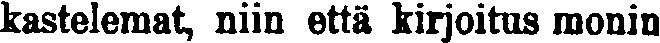
kastelemat, niin että kirjoitus monin